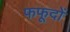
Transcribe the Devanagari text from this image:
फफूदों